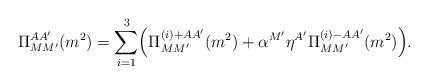
LaTeX: \begin{align*}\Pi_{MM'}^{AA'}(m^2)=\sum_{i=1}^{3}\Bigl(\Pi_{MM'}^{(i)+AA'}(m^2)+\alpha^{M'}\eta^{A'}\Pi_{MM'}^{(i)-AA'}(m^2)\Bigr).\end{align*}